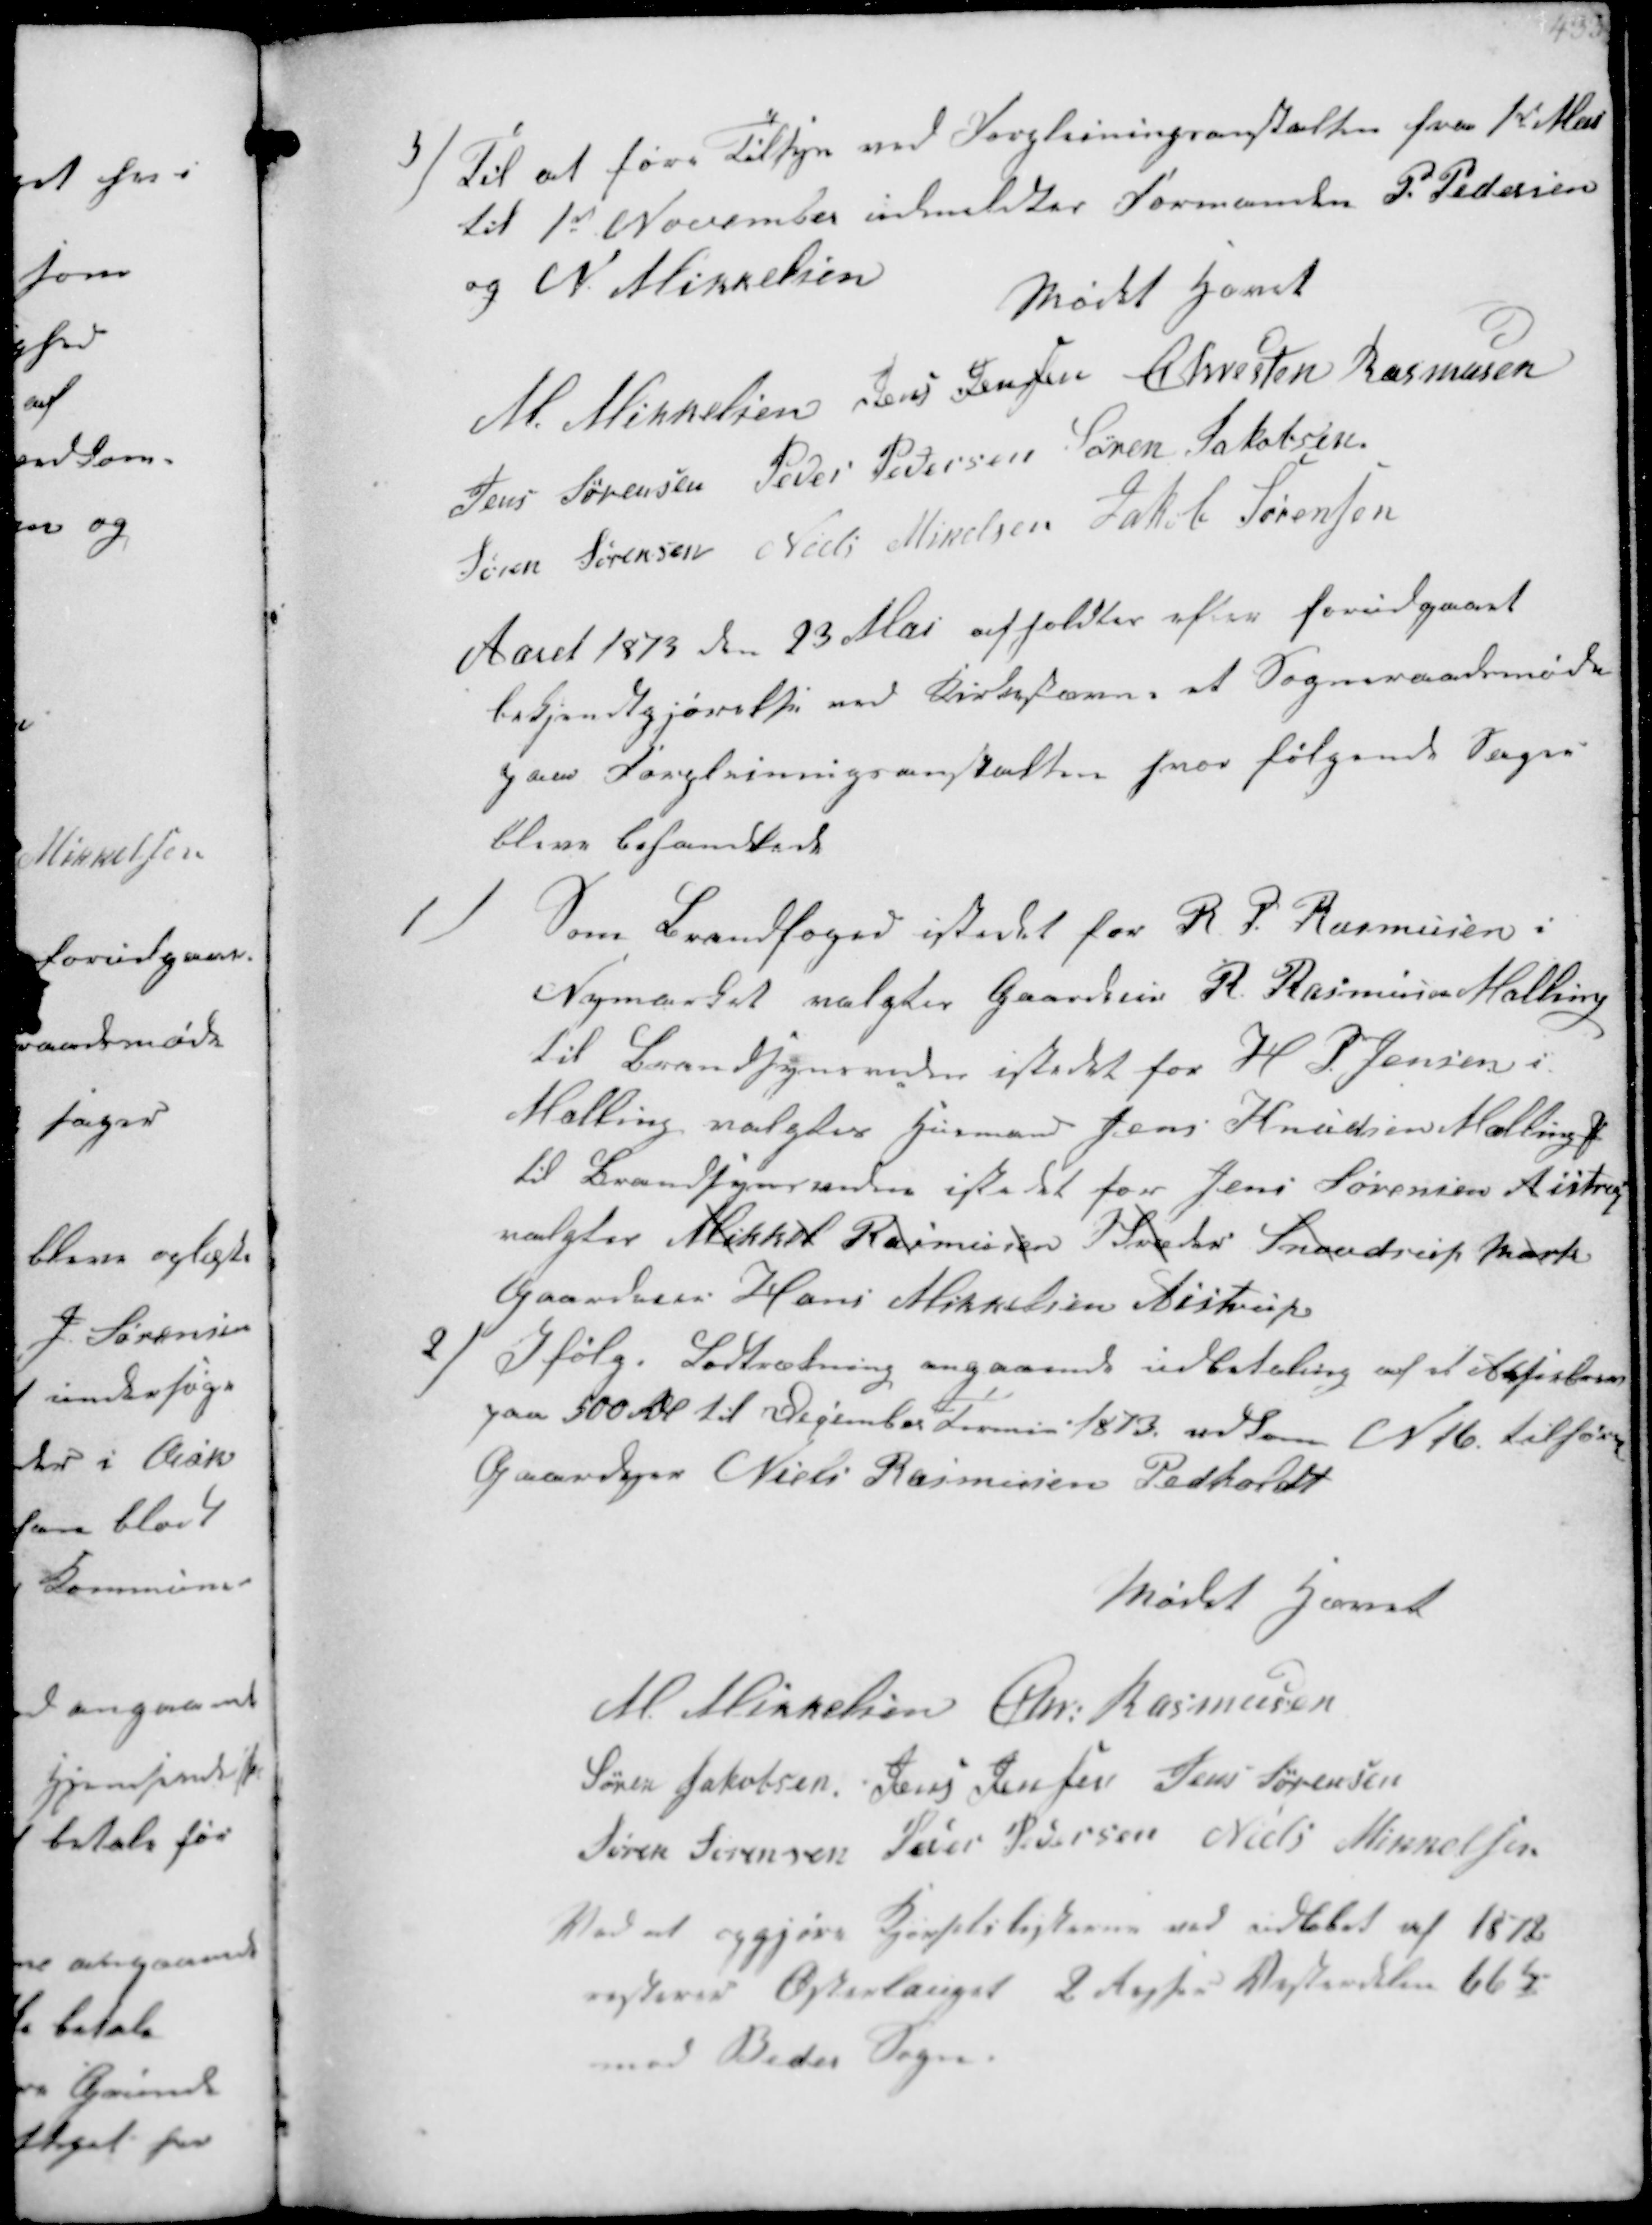
Transskription:
5/
Til at føre Tilsyn ved Forpleiningsanstalten fra 1st Mai
til 1st November udmeldtes Formanden P. Pedersen
og N Mikkelsen

Mødet hævet
M. Mikkelsen Jens Jensen Chresten Rasmussen
Jens Sørensen Peder Pedersen Søren Jakobsen
Søren Sørensen Niels Mikkelsen Jakob Sørensen

Aaret 1873 den 23 Mai afholdtes efter forudgaaet
Bekjendtgjørelse ved Kirkestævne et Sogneraadsmøde
paa Forpleiningsanstalten hvor følgende Sager
bleve behandlede

1/
Som Brandfoged istedet for R P Rasmusen i
Nymarken valgtes Gaardeier R. Rasmussen Malling
til Brandsynsvidne istedet for H P. Jensen i
Malling valgtes Husmand Jens Knudsen Malling
til Brandsynsvidne istedet for Jens Sørensen Aistrup
valgtes Mikkel Rasmussen Breder Snovdrup Mark
Gaardeier Hans Mikkelsen Aistrup

2/
Ifølge Lodtrækning angaaende udbetaling af et Acsielaan
paa 500 Rdl til December Termin 1873. udkom No 16 tilhører
Gaardejer Niels Rasmussen Pedholdt

Mødet hævet
M Mikkelsen Chr. Rasmussen
Søren Jakobsen Jens Jensen Jens Sørensen
Søren Sørensen Peder Pedersen Niels Mikkelsen
Ved at opgjøre Kjørselslisterne ved udløbet af 1872
resterer Østerlauget 2   66  
mod Beder Sogn